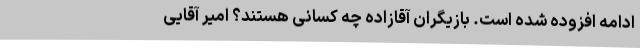
ادامه افزوده شده است. بازیگران آقازاده چه کسانی هستند؟ امیر آقایی